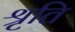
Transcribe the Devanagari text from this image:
श्रृति